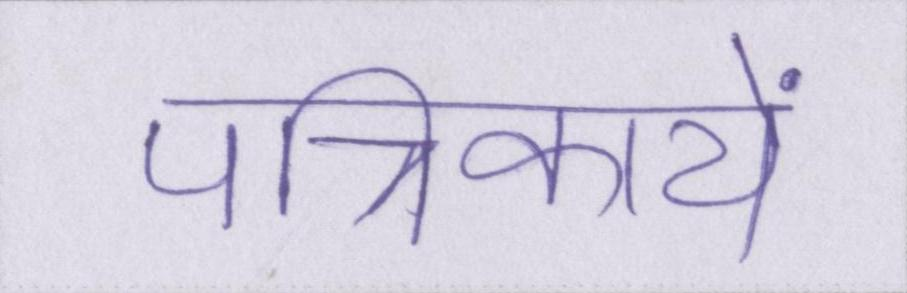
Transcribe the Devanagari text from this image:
पत्रिकायें